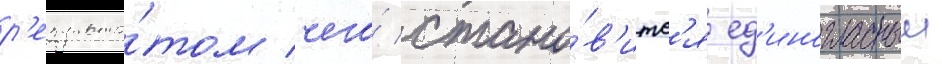
р'езульта́том чего́ стано́в'итс'я ед'иногласныи